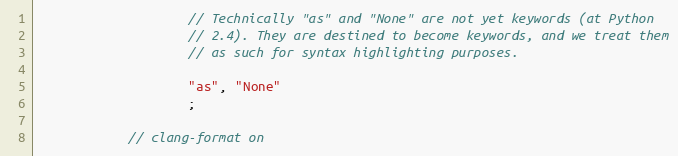
Language: C++
                    // Technically "as" and "None" are not yet keywords (at Python
                    // 2.4). They are destined to become keywords, and we treat them
                    // as such for syntax highlighting purposes.

                    "as", "None"
                    ;

            // clang-format on